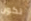
تكون